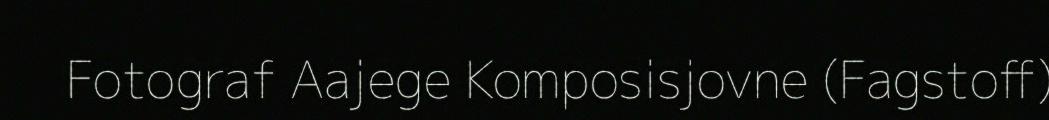
Fotograf Aajege Komposisjovne (Fagstoff)